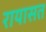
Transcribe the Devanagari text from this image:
रायासत